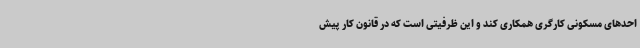
احدهای مسکونی کارگری همکاری کند و این ظرفیتی است که در قانون کار پیش